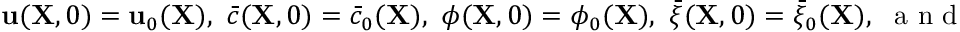
{ \bf u } ( { \bf X } , 0 ) = { \bf u } _ { 0 } ( { \bf X } ) , \, \, \bar { c } ( { \bf X } , 0 ) = \bar { c } _ { 0 } ( { \bf X } ) , \, \, \phi ( { \bf X } , 0 ) = \phi _ { 0 } ( { \bf X } ) , \, \, \bar { \xi } ( { \bf X } , 0 ) = \bar { \xi } _ { 0 } ( { \bf X } ) , \, \, \mathrm { ~ a ~ n ~ d ~ } \, \, \mathrm { ~ d ~ } ( { \bf X } , 0 ) = \mathrm { ~ d ~ } _ { 0 } ( { \bf X } ) .